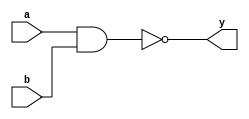
`timescale 1ns / 1ps
module nand_gate(a,b,y);
input a,b;
output y;
assign y=~(a&b);
endmodule